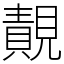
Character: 䚍